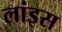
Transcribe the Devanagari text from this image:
लांइस